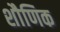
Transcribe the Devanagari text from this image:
शौणिक